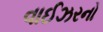
વાઈઝરનો